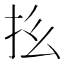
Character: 𪭞